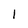
Character: 1